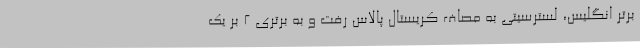
برتر انگلیس، لسترسیتی به مصاف کریستال پالاس رفت و به برتری 2 بر یک